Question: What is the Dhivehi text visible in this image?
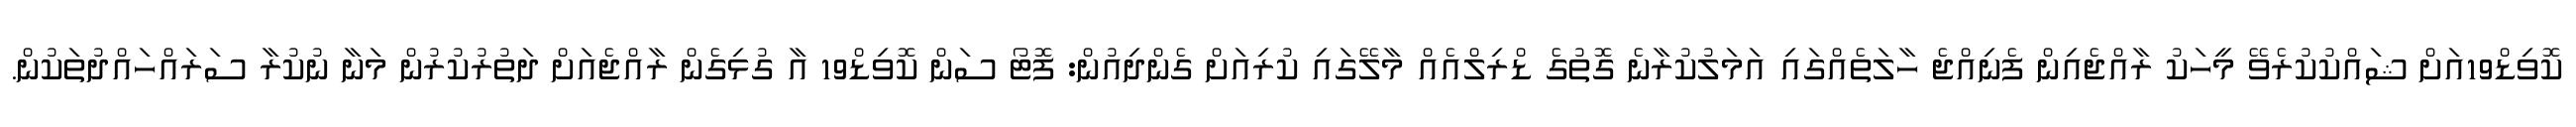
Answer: ކޮވިޑް19އަށް ޝައްކުކުރެވޭ މީހަކު ރާއްޖެއިން ފެނިއްޖެ ހާލަތެއްގައި އަމަލުކުރާނެ ގޮތުގެ ޑްރިލްއެއް މާލޭގައި ކުރިއަށް ގެންދިއުން: ފޮޓޯ ސަން ކޮވިޑް19 އާ ގުޅިގެން ރާއްޖެއަށް ދަތުރުކުރުން މަނާ ނުކުރާ ސަރައްހައްދުތަކުން.